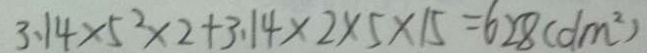
3 . 1 4 \times 5 ^ { 2 } \times 2 + 3 . 1 4 \times 2 \times 5 \times 1 5 = 6 2 8 ( d m ^ { 2 } )